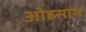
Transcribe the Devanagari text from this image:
ओहसास